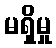
မရှိမှု